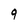
Character: 9